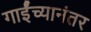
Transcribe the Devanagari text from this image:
गाईंच्यानंतर